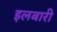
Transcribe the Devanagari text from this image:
इलबारी